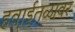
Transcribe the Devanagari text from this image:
हवाईतळावर